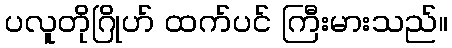
ပလူတိုဂြိုဟ် ထက်ပင် ကြီးမားသည်။